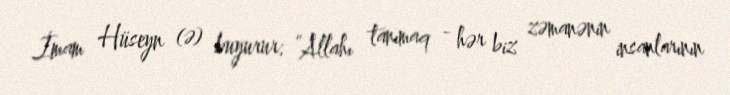
İmam Hüseyn (ə) buyurur: “Allahı tanımaq - hər biz zəmanənin insanlarının